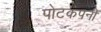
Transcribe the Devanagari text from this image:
पोटकंपनी